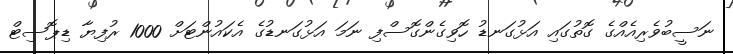
ނަސީބުވެރިއެއްގެ ގޮތުގައި އަޅުގަނޑު ހޮވިގެންގޮސްފި ނަމަ އަޅުގަނޑުގެ އެކައުންޓަށް 1000 ރުފިޔާ ޑިޕޮސިޓް